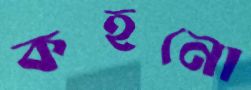
কহনো